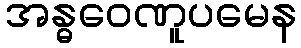
အန္ဓဝေဏူပမေန